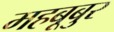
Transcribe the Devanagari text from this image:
महबूबुर